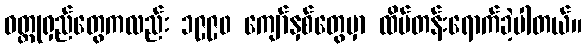
ဝတ္ထုရှည်တွေကလည်း ၁၉၉၀ ကျော်နှစ်တွေမှာ ထိပ်တန်းရောက်ခဲ့ပါတယ်။